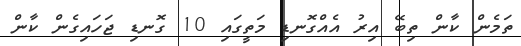
ތަމެން ކާން ތިބޭ އިރު އެއްގޮނޑި މަތީގައި 10 ގޮނޑި ޖަހައިގެން ކާން